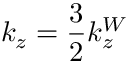
k _ { z } = \frac { 3 } { 2 } k _ { z } ^ { W }